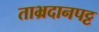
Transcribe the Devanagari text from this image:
ताभ्रदानपट्ट